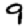
Digit: 9